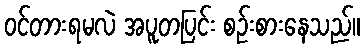
ဝင်တားရမလဲ အပူတပြင်း စဉ်းစားနေသည်။